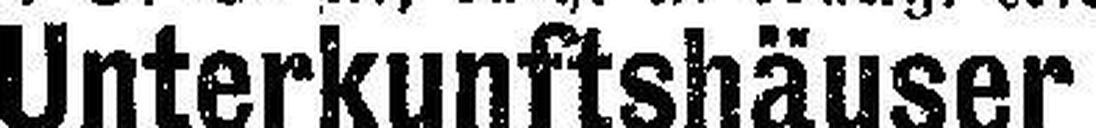
Unterkunftshãuser